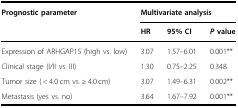
| Prognostic parameter | <COLSPAN=3> Multivariate analysis |
 |  | HR | 95% CI | P value |
 | --- | --- | --- | --- |
 | Expression of ARHGAP15 (high vs. low) | 3.07 | 1.57–6.01 | 0.001** |
 | Clinical stage (I/II vs. III) | 1.30 | 0.75–2.25 | 0.348 |
 | Tumor size ( < 4.0 cm vs. ≥ 4.0 cm) | 3.07 | 1.49–6.31 | 0.002** |
 | Metastasis (yes vs. no) | 3.64 | 1.67–7.92 | 0.001** |